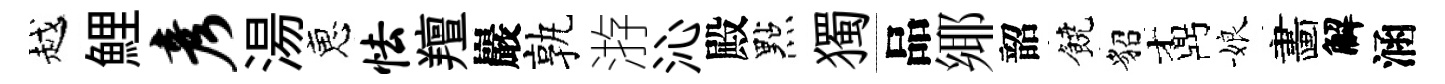
越鯉彦湯恵怯羶巖孰㳺沁殿點獨品鄊韶饒貂鼒娘畵解涵